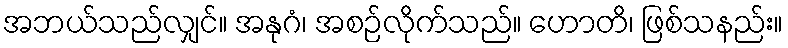
အဘယ်သည်လျှင်။ အနုဂံ၊ အစဉ်လိုက်သည်။ ဟောတိ၊ ဖြစ်သနည်း။